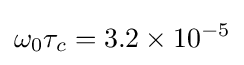
\omega _{0}\tau _{c}=3.2\times 10^{-5}